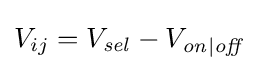
V_{ij}=V_{\mathit {sel}}-V_{\mathit {on|off}}